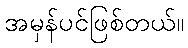
အမှန်ပင်ဖြစ်တယ်။